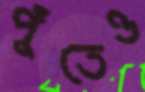
পুঁতেও